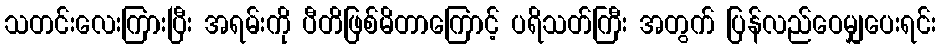
သတင်းလေးကြားပြီး အရမ်းကို ပီတိဖြစ်မိတာကြောင့် ပရိသတ်ကြီး အတွက် ပြန်လည်ဝေမျှပေးရင်း